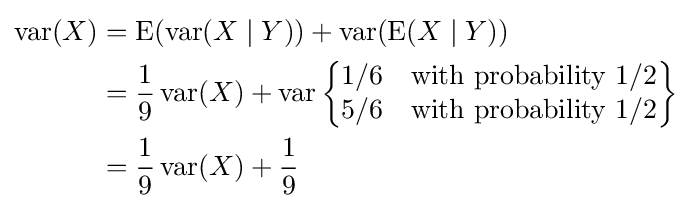
{\begin{aligned}\operatorname {var} (X)&=\operatorname {E} (\operatorname {var} (X\mid Y))+\operatorname {var} (\operatorname {E} (X\mid Y))\\&={\frac {1}{9}}\operatorname {var} (X)+\operatorname {var} \left\{{\begin{matrix}1/6&{\mbox{with probability}}\ 1/2\\5/6&{\mbox{with probability}}\ 1/2\end{matrix}}\right\}\\&={\frac {1}{9}}\operatorname {var} (X)+{\frac {1}{9}}\end{aligned}}